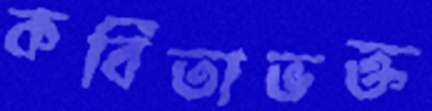
কবিতাভক্ত